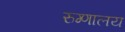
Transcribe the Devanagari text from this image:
रुग्‍णालय